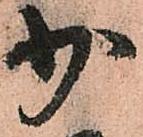
少